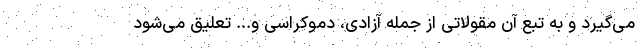
می‌گیرد و به‌ تبع آن مقولاتی از جمله آزادی، دموکراسی و... تعلیق می‌شود